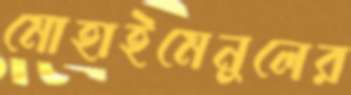
মোহাইমেনুলের